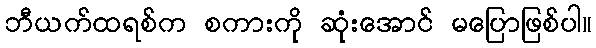
ဘီယက်ထရစ်က စကားကို ဆုံးအောင် မပြောဖြစ်ပါ။